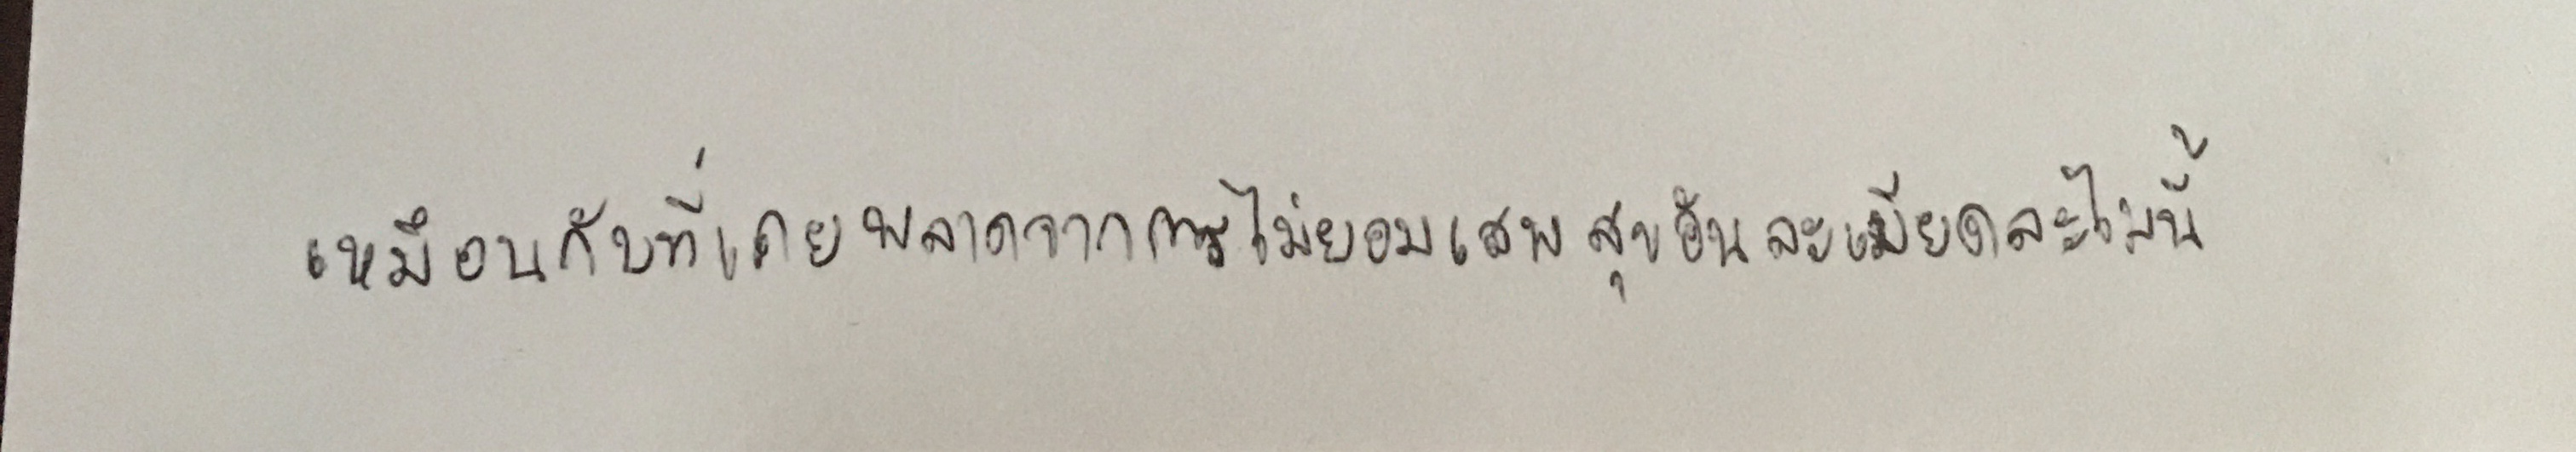
เหมือนกับที่เคยพลาดจากการไม่ยอมเสพสุขอันละเมียดละไมนี้